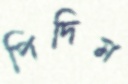
পিদিম